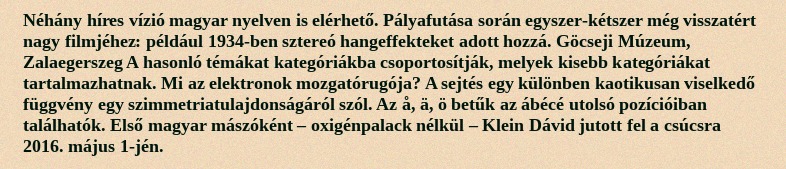
Néhány híres vízió magyar nyelven is elérhető. Pályafutása során egyszer-kétszer még visszatért nagy filmjéhez: például 1934-ben sztereó hangeffekteket adott hozzá. Göcseji Múzeum, Zalaegerszeg A hasonló témákat kategóriákba csoportosítják, melyek kisebb kategóriákat tartalmazhatnak. Mi az elektronok mozgatórugója? A sejtés egy különben kaotikusan viselkedő függvény egy szimmetriatulajdonságáról szól. Az å, ä, ö betűk az ábécé utolsó pozícióiban találhatók. Első magyar mászóként – oxigénpalack nélkül – Klein Dávid jutott fel a csúcsra 2016. május 1-jén.